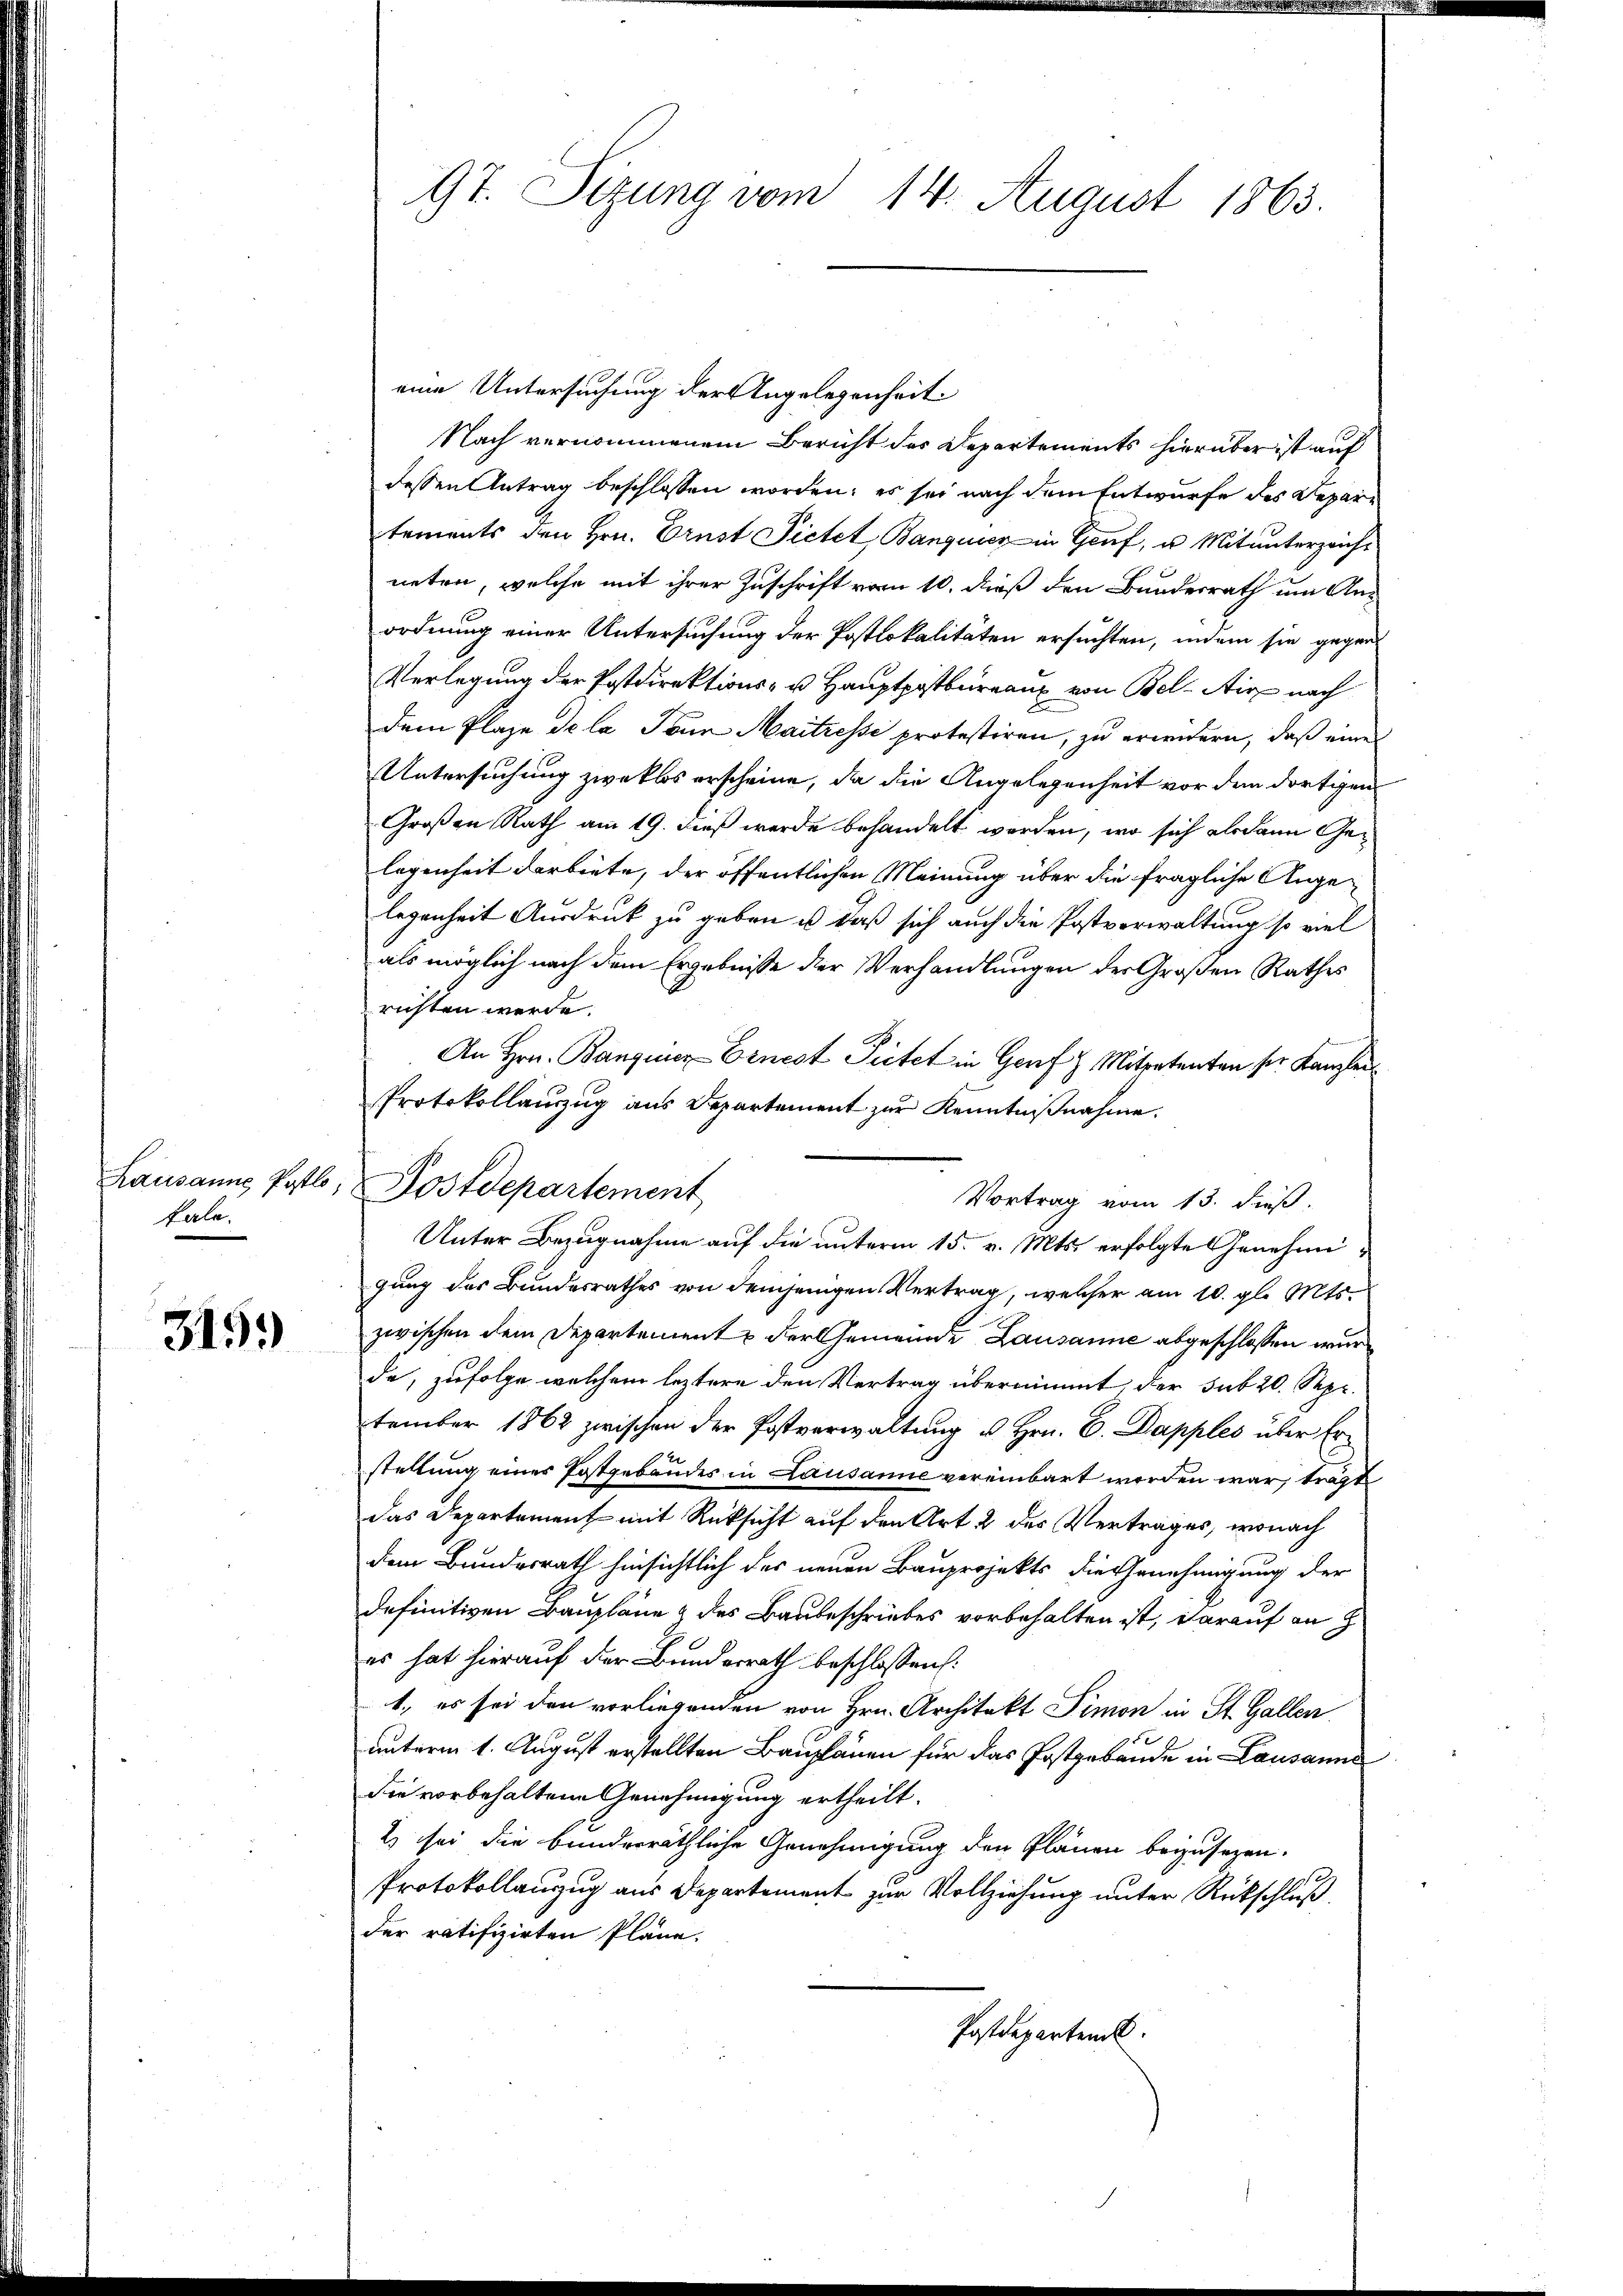
Lausanne Postlo
kale.

315.

97. Sitzung vom 14. August 1863.

eine Untersuchung der Angelegenheit.
Nach vernommenem Bericht des Departements hierüber ist auf
dessen Antrag beschlossen worden; es sei nach dem Entwurfe des Departements den Hrn. Ernst Pietet, Banquier in Genf, u. Mitunterzeichneten, welche mit ihrer Zuschrift vom 10. dieß den Bunderrath um Anordnung einer Untersuchung der Postlokalitäten ersuchten, indem sie gegen
Verlegung der Postdirektions- u. Hauptpostbüreaux von Bel-Air nach
dem Plaze de la Jaun Maitresse protestiren, zu erwendern, daß eine
Untersuchung zwecklos erscheine, da die Angelegenheit vor dem dortigen
Großen Rath am 19. dieß werde behandelt werden, wo sich alsdann Gelegenheit darbiete, der öffentlichen Meinung über die fragliche Angelegenheit Ausdruck zu geben u daß sich auch die Postverwaltung so viel
als möglich nach dem Ergebnisse der Verhandlungen der Großen Rathes
richten werde.
An Hrn. Bangins-Ernest Seitet in Genf z. Mitpetenten ser Kanzlei
Protokollanzug aus Departement zur Kenntnißnahme.
gung des Bundesrathes von demjenigen Vertrag, welcher am 10. gl. Mts.
zwischen dem Departement der Gemeinde Lausanne abgeschlossen wurde, zufolge welchem leztere den Vertrag übernimmt, der sub 20. Sept.
tember 1862 zwischen der Postverwaltung u Hrn. C. Dapples über Erstellung eines Postgebäudes in Lausanne vereinbart worden war, tragt
das Departement mit Rüksicht auf den Art 2 der Vertrages, wonach
dem Bundesrath hinsichtlich des neuen Bauprojekts die Genehmigung der
definitiven Baupläne & des Baubeschriebes vorbehalten ist, darauf an
es hat hierauf der Bunderrath beschlossen:
1., es sei den vorliegenden von Hrn. Architekt Pimon in St. Gallen
unterm 1. August erstellten Bauplänen für das Postgebäude in Lausanne
die vorbehaltene Genehmigung ertheilt.
2) sei die bunderräthliche Genehmigung den Plänen beizusezen.
Protokollauszug aus Departement zur Vollziehung unter Rückschluß
der ratifizirten Pläne.
Postdeparten.

Postdepartement
Vortrag vom 13. dieß.
Unter Bezugnahme auf die unterm 15. v. Mts. erfolgte Genehmi¬